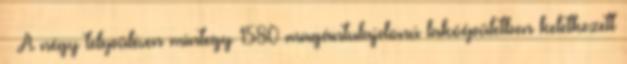
– A négy településen mintegy 1580 magántulajdonú lakóépületben keletkezett